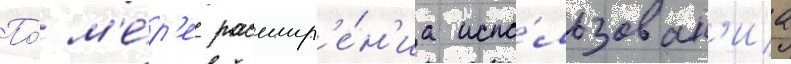
По́ м'е́р'е расшир'е́н'иа испо́льзован'иа